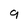
Character: 9